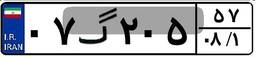
۰۷گ۲۰۵۵۷